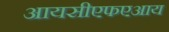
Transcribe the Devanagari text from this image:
आयसीएफएआय